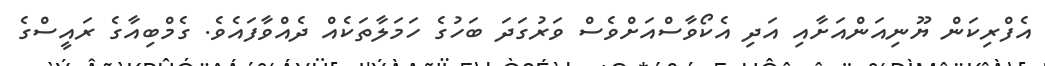
އެފްރިކަން ޔޫނިއަންއަށާއި އަދި އެކޯވާސްއަށްވެސް ވަރުގަދަ ބަހުގެ ހަމަލާތަކެއް ދެއްވާފައެވެ. ގެމްބިއާގެ ރައީސްގެ